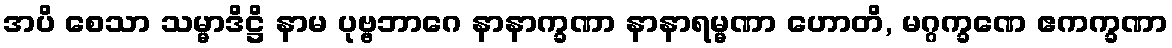
အပိ စေသာ သမ္မာဒိဋ္ဌိ နာမ ပုဗ္ဗဘာဂေ နာနာက္ခဏာ နာနာရမ္မဏာ ဟောတိ, မဂ္ဂက္ခဏေ ဧကက္ခဏာ